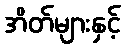
အိတ်များနှင့်